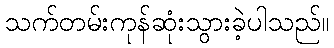
သက်တမ်းကုန်ဆုံးသွားခဲ့ပါသည်။